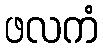
ဖလကံ